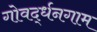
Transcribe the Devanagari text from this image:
गोवर्द्धनगाम